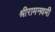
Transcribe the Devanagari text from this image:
श्रीरामनवमी